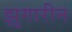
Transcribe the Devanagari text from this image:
झुगारीन